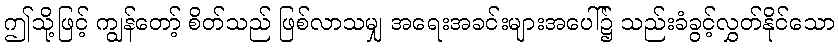
ဤသို့ဖြင့် ကျွန်တော့် စိတ်သည် ဖြစ်လာသမျှ အရေးအခင်းများအပေါ်၌ သည်းခံခွင့်လွှတ်နိုင်သော